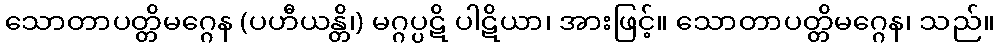
သောတာပတ္တိမဂ္ဂေန (ပဟီယန္တိ၊) မဂ္ဂပ္ပဋိ ပါဋိယာ၊ အားဖြင့်။ သောတာပတ္တိမဂ္ဂေန၊ သည်။